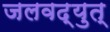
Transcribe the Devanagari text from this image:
जलवद्युत्‌